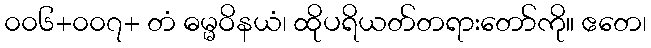
၀၀၆+၀၀၇+ တံ ဓမ္မဝိနယံ၊ ထိုပရိယတ်တရားတော်ကို။ ဧတေ၊